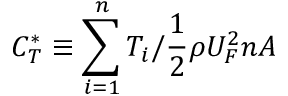
C _ { T } ^ { * } \equiv \sum _ { i = 1 } ^ { n } T _ { i } / \frac { 1 } { 2 } \rho U _ { F } ^ { 2 } n A